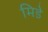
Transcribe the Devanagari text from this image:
मिडे